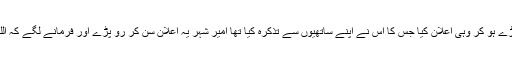
نماز کے بعد ان کے سردار نے کھڑے ہو کر وہی اعلان کیا جس کا اس نے اپنے ساتھیوں سے تذکرہ کیا تھا امیر شہر یہ اعلان سن کر رو پڑے اور فرمانے لگے کہ اللہ تعالٰی توبہ قبول فرمانے والا ہے ۔